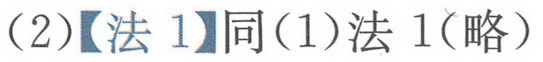
（2）【法 1】同(1)法 1(略）